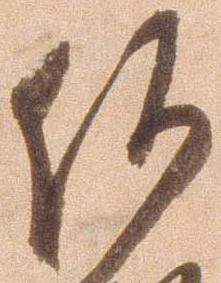
何